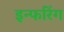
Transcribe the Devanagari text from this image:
इन्फरिंग